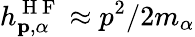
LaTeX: h_{\mathbf{p},\alpha}^{\mathrm{~H~F~}}\approx p^{2}/2m_{\alpha}